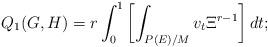
LaTeX: \begin{align*} Q_1(G,H)=r\int_0^1\left[\int_{P(E)/M}v_t\Xi^{r-1}\right]dt; \end{align*}